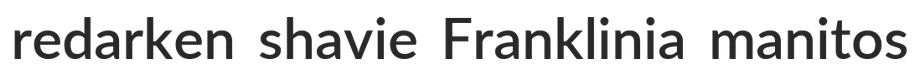
redarken shavie Franklinia manitos